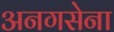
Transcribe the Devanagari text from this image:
अनगसेना